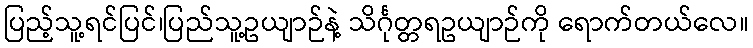
ပြည့်သူ့ရင်ပြင်၊ပြည်သူ့ဥယျာဉ်နဲ့ သိင်္ဂုတ္တရဥယျာဉ်ကို ရောက်တယ်လေ။